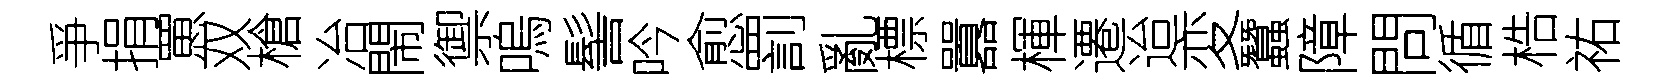
爭捐罳双槍冶閙禦嗚髻吟愈罰亂標囂楎遷迨変蠶障問循梏祐